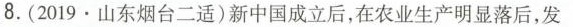
8.(2019\cdot 山东烟台二适)新中国成立后，在农业生产明显落后，发